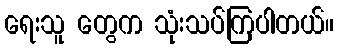
ရေးသူ တွေက သုံးသပ်ကြပါတယ်။